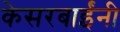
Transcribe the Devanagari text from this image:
केसरबाईंनी